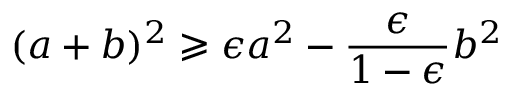
( a + b ) ^ { 2 } \geqslant \epsilon a ^ { 2 } - \frac { \epsilon } { 1 - \epsilon } b ^ { 2 }